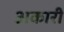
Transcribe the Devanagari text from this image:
अकारी